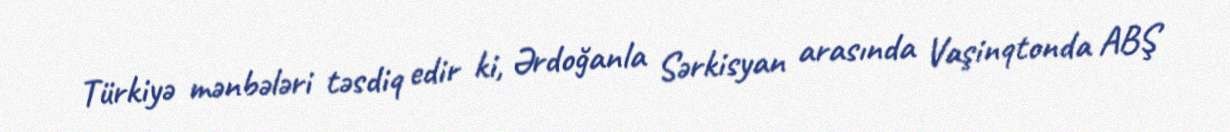
Türkiyə mənbələri təsdiq edir ki, Ərdoğanla Sərkisyan arasında Vaşinqtonda ABŞ